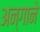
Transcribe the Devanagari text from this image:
अन्गाने